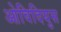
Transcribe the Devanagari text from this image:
ओविदियुस